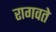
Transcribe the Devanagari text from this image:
रागवते